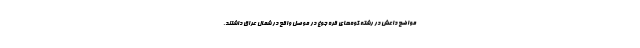
مواضع داعش در رشته کوه‌های قره جوغ در موصل واقع در شمال عراق داشتند.